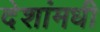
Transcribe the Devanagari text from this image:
देशांमधी